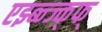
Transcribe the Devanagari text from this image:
एझ्ब्न्ज्क्फ्